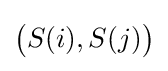
{\bigl (}S(i),S(j){\bigr )}